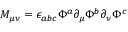
M _ { \mu \nu } = \epsilon _ { a b c } \Phi ^ { a } \partial _ { \mu } \Phi ^ { b } \partial _ { \nu } \Phi ^ { c }